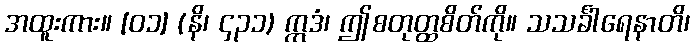
အထူးကား။ [၀၁] (နိ၊ ၄၃၁) ဣဒံ၊ ဤစတုတ္ထစိတ်ကို။ သသင်္ခါရေနာတိ၊